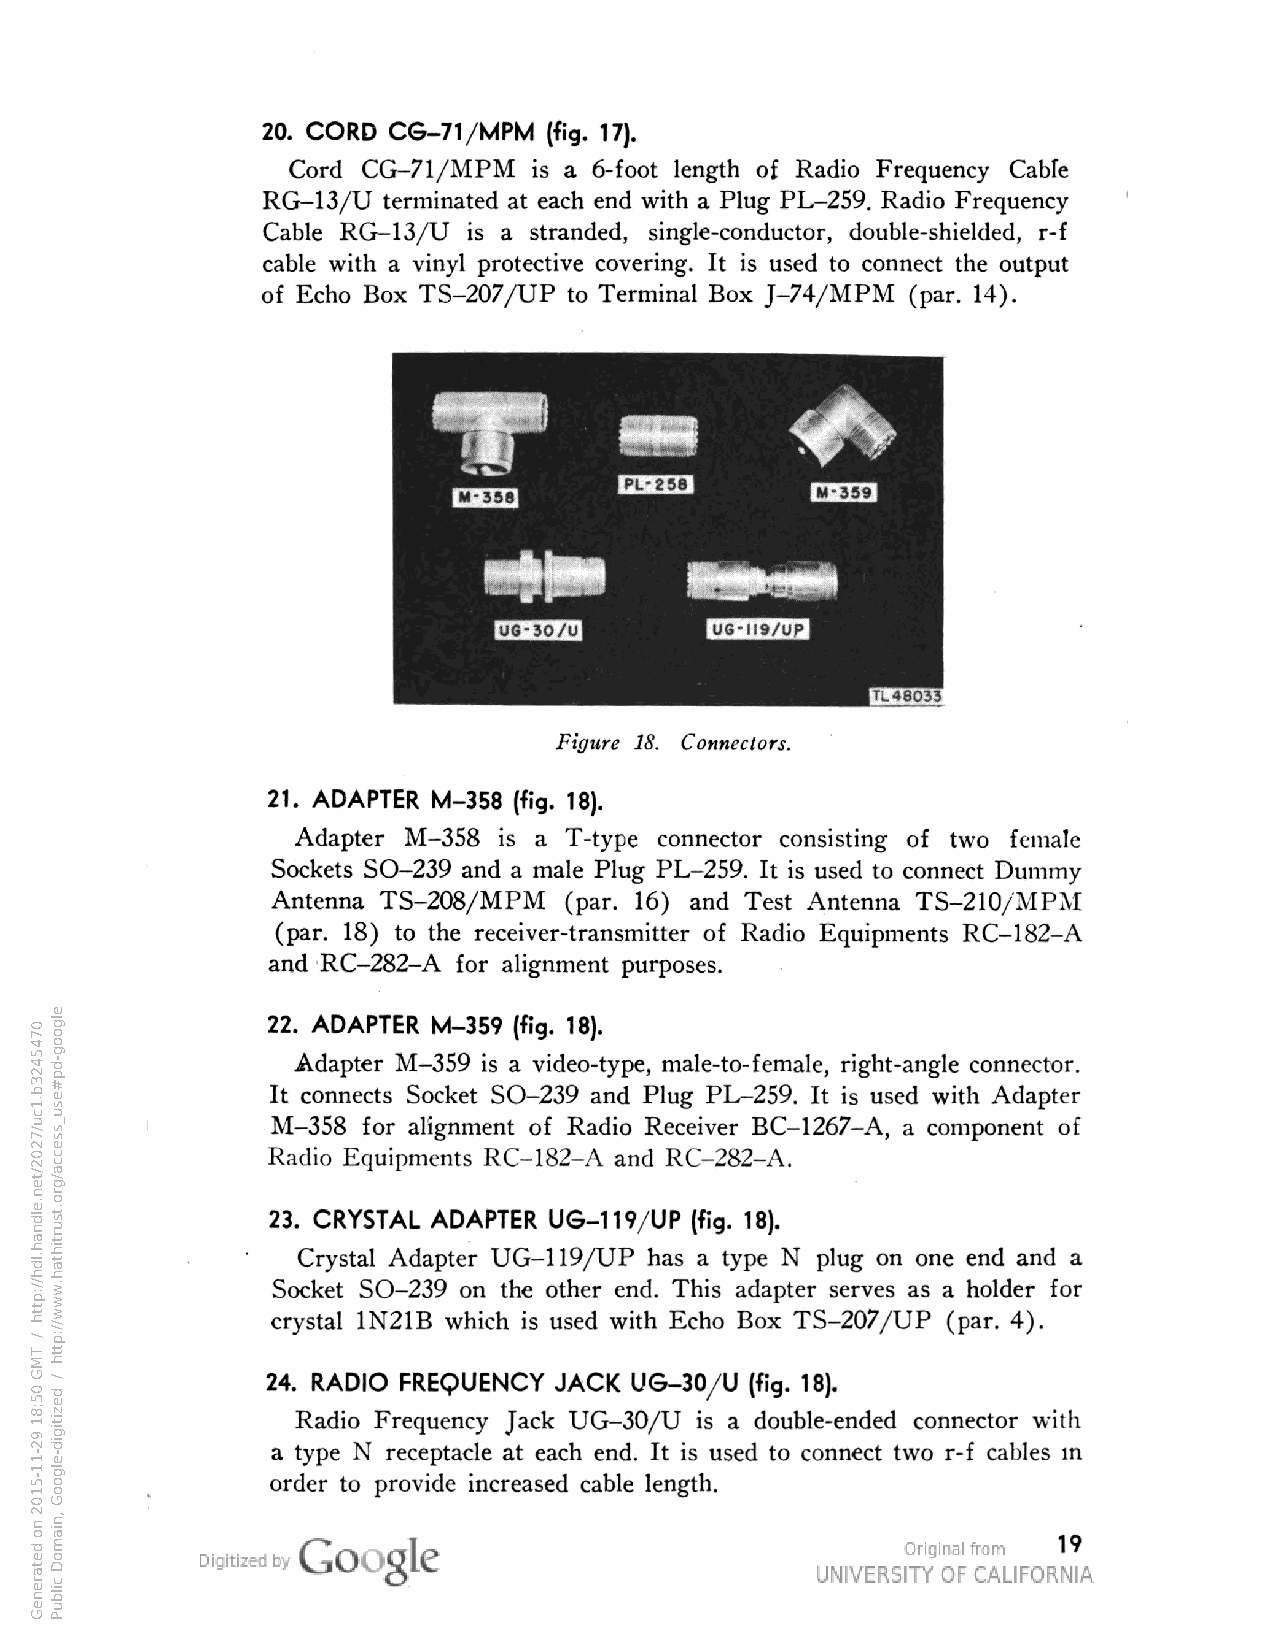
20. CORD CG-71/MPM (fig. 17).
 Cord CG-71/MPM  is a 6-foot length of Radio Frequency Cable
 RG-13/U terminated at each end with a Plug PL-259. Radio Frequency
 Cable RG-13/U is a stranded, single-conductor, double-shielded, r-f
 cable with a vinyl protective covering. It is used to connect the output
 of Echo Box TS-207/UP to Terminal Box J-74/MPM (par. 14).
 Figure 18. Connectors.
 21. ADAPTER M-358 (fig.
 18).
 Adapter M-358 is a T-type connector consisting of two female
 Sockets SO-239 and a male Plug PL-259. It is used to connect Dummy
 Antenna TS-208/MPM (par. 16) and Test Antenna TS-210/MPM
 (par. 18) to the receiver-transmitter of Radio Equipments RC-182-A
 and RC-282-A for alignment purposes.
 22. ADAPTER M-359 (fig. 18).
 Adapter M-359 is a video-type, male-to-female, right-angle connector.
 It connects Socket SO-239 and Plug PL-259. It is used with Adapter
 M-358 for alignment of Radio Receiver BC-1267-A, a component of
 Radio Equipments RC-182-A and RC-282-A.
 23. CRYSTAL ADAPTER UG-119/UP (fig. 18).
 Crystal Adapter UG-119/UP has a type N plug on one end and a
 Socket SO-239 on the other end. This adapter serves as a holder for
 crystal 1N21B which is used with Echo Box TS-207/UP (par. 4).
 24. RADIO FREQUENCY JACK UG-30/U (fig. 18).
 Radio Frequency Jack UG-30/U is a double-ended connector with
 a type N receptacle at each end. It is used to connect two r-f cables in
 order to provide increased cable length.
 19
 0745423b.1cu/7202/ten.eldnah.ldh//:ptth
 /
 TMG
 05:81
 92-11-5102
 no
 detareneG
 elgoog-dp#esu_ssecca/gro.tsurtihtah.www//:ptth
 / dezitigid-elgooG
 ,niamoD
 cilbuP